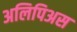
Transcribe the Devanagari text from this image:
अलिपिअस